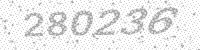
Solution: 280236